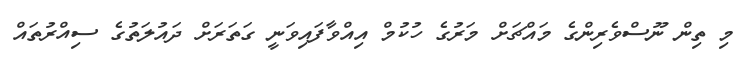
މި ތިން ނޫސްވެރިންގެ މައްޗަށް މަރުގެ ހުކުމް އިއްވާފައިވަނީ ގަތަރަށް ދައުލަތުގެ ސިއްރުތައް